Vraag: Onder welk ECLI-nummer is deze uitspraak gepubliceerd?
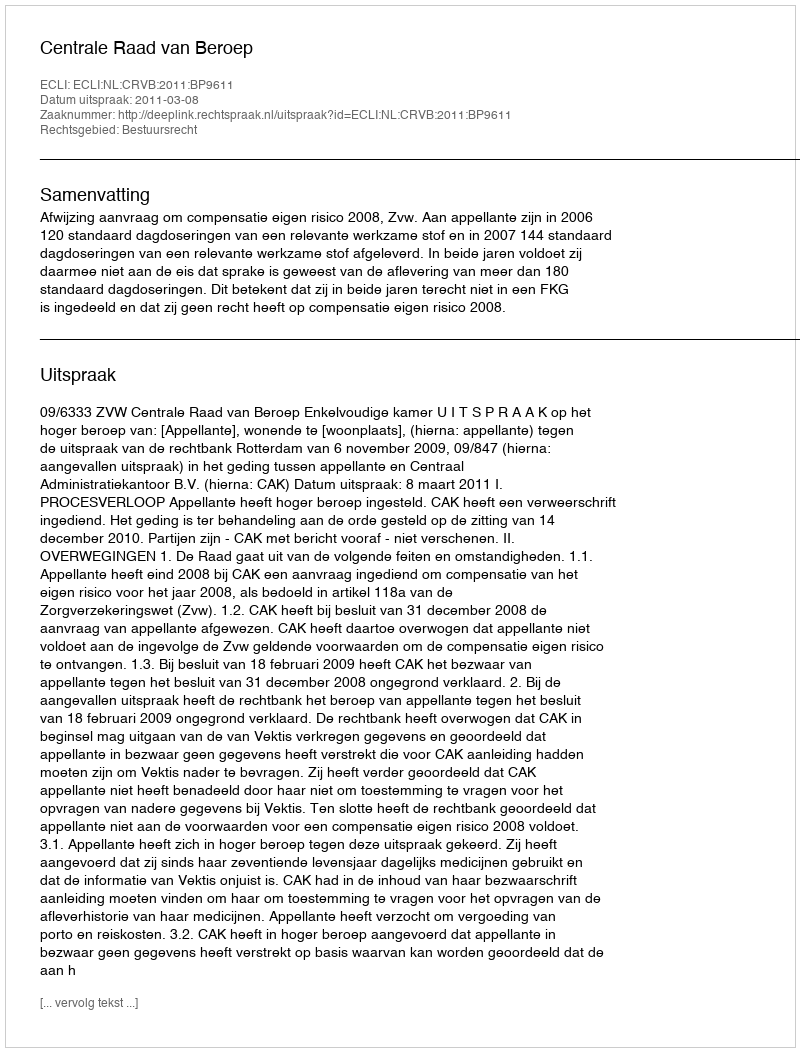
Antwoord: ECLI:NL:CRVB:2011:BP9611